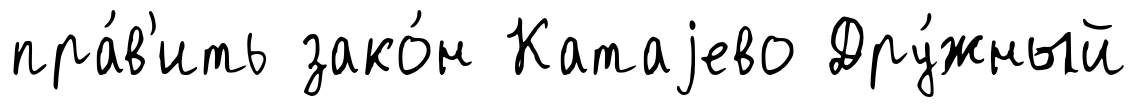
пра́в'ить зако́н Катаjево Дру́жный